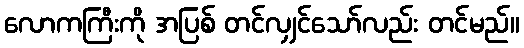
လောကကြီးကို အပြစ် တင်လျှင်သော်လည်း တင်မည်။